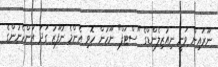
ނޫރައިން ވަނީ ނިއުޒިލެންޑްގެ "ސްޓަފް" ނޫހުން ހޮވި އެންމެ ނުފޫޒު ގަދަ އަންހެނުންގެ